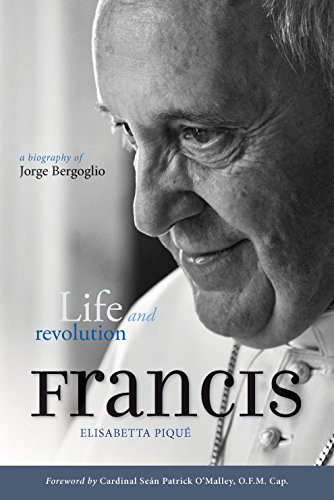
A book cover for Pope Francis: Life and Revolution: A Biography of Jorge Bergoglio; Elisabetta PiquÃ©; Biographies & Memoirs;